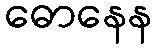
ဓောနေန